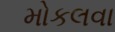
મોકલવા